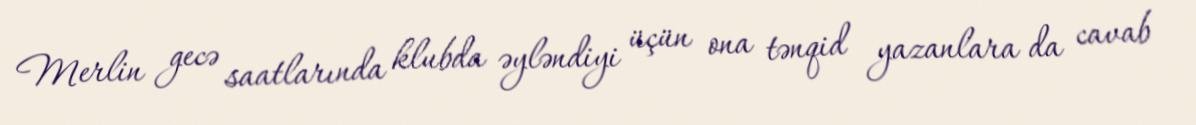
Merlin gecə saatlarında klubda əyləndiyi üçün ona tənqid yazanlara da cavab